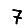
Digit: 7